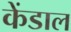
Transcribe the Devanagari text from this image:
केंडाल